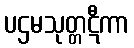
ပဌမသုတ္တဋီကာ